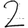
Digit: 2